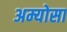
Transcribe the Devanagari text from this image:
अम्योसा